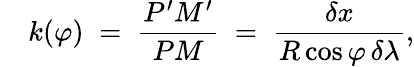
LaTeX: \quad k(\varphi)\; =\; {\frac{P^{\prime}M^{\prime}}{PM}}\; =\; {\frac{\delta x}{R\cos\varphi\, \delta\lambda}},